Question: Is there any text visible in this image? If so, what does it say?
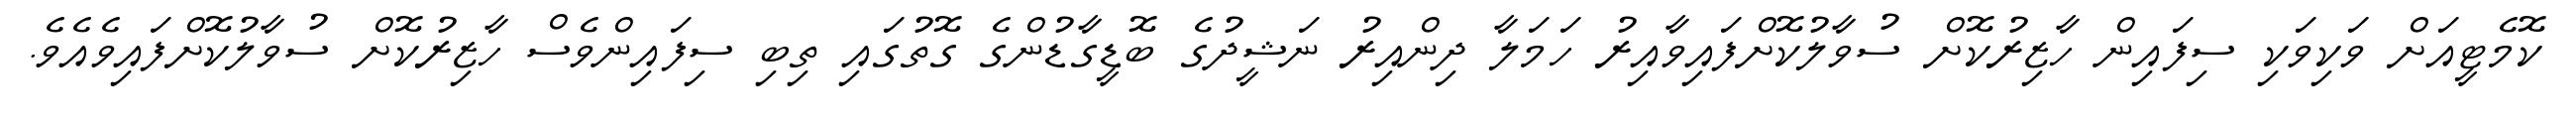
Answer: ކޮމެޓީއަށް ވަކިވަކި ސިފައިން ހާޒިރުކޮށް ސުވާލުކޮށްފައިވާއިރު ހަމަލާ ދިންއިރު ނަޝީދުގެ ބޮޑީގާޑުންގެ ގޮތުގައި ތިބި ސިފައިންވެސް ހާޒިރުކޮށް ސުވާލުކޮށްފައިވެއެވެ.